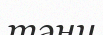
тәни